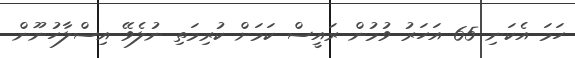
ހަމަ އެކަނި 65 އަހަރު ވުމުން ރައީސް ކަމަށް ކުރިމަތި ނުލެވޭ އިސްލާހުނޫން